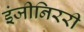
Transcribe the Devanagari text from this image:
इंजीनिररी